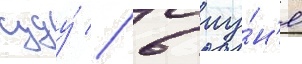
суду́ // 6 иу́н'я